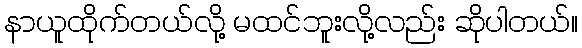
နာယူထိုက်တယ်လို့ မထင်ဘူးလို့လည်း ဆိုပါတယ်။